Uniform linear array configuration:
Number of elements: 16
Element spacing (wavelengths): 1
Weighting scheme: kaiser
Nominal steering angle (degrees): -15
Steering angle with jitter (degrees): -16.286
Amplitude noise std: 0.05
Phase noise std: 0.05

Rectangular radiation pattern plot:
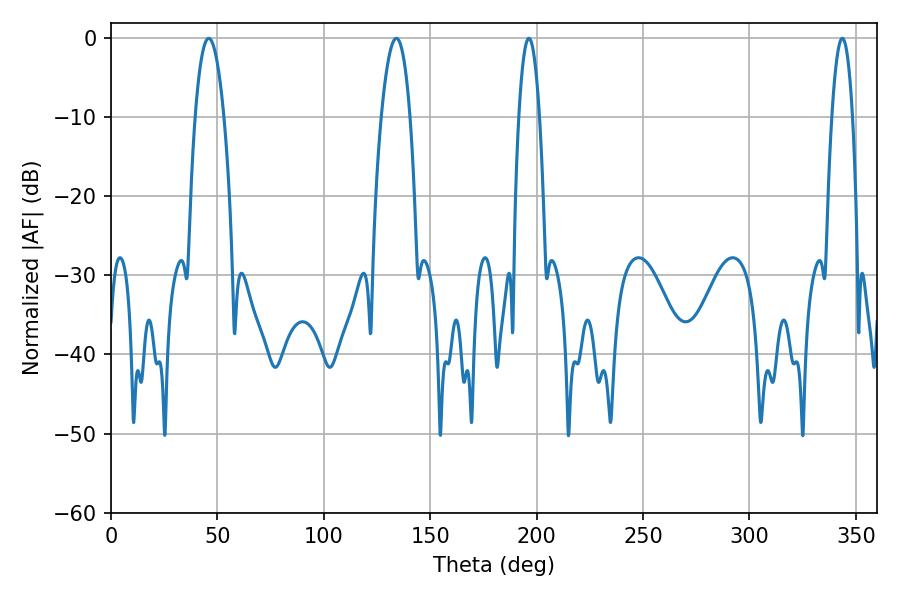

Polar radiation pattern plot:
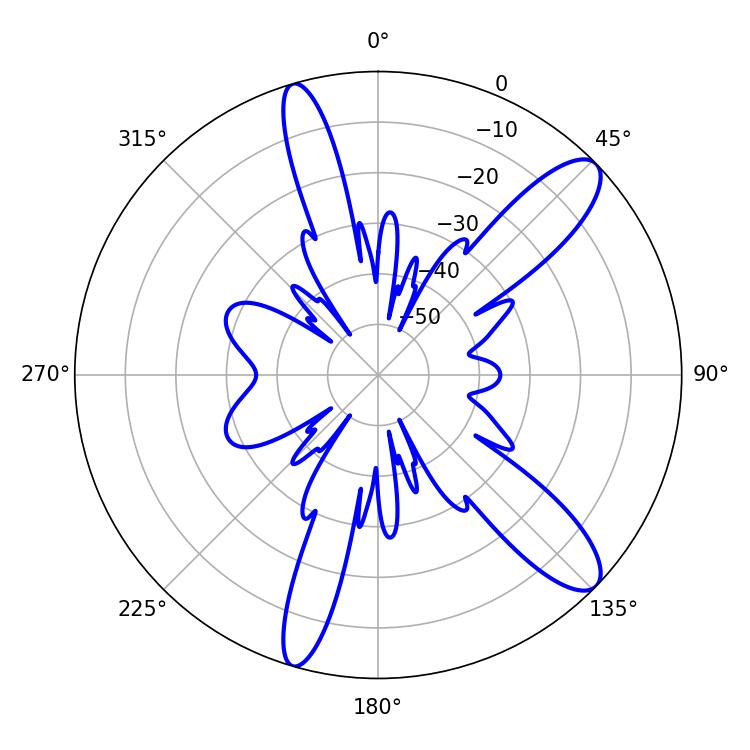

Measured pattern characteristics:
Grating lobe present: TRUE
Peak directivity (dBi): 11.431
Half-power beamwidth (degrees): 7.56
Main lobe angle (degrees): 45.9